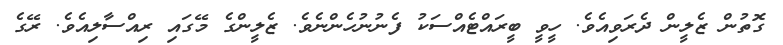
ގޮތުން ޒެލީން ދެރަވިއެވެ. ހީވީ ބީރައްޓެއްސަކު ފެނުނުހެންނެވެ. ޒެލީންގެ މޭގައި ރިއްސާލިއެވެ. ރޭގެ